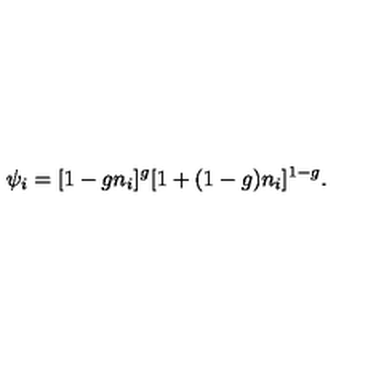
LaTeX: \psi _ { i } = [ 1 - g n _ { i } ] ^ { g } [ 1 + ( 1 - g ) n _ { i } ] ^ { 1 - g } .